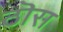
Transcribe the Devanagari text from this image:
ठॊस